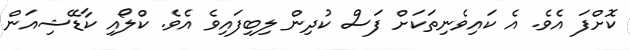
ކޮށްފަ އެވެ. އެ ކައިވެނިތަކަށް ފަސް ކުދިން ލިބިފައިވެ އެވެ. ކްލޯއި ކާޑޭޝިއަން